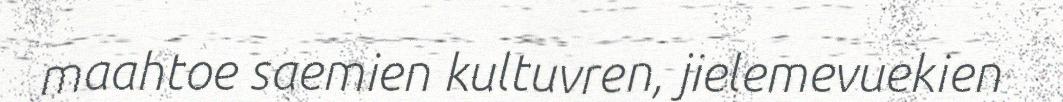
maahtoe saemien kultuvren, jielemevuekien